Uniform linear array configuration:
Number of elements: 12
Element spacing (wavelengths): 0.25
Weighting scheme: hamming
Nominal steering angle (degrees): -30
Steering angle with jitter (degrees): -30.245
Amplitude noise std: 0.05
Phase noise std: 0.05

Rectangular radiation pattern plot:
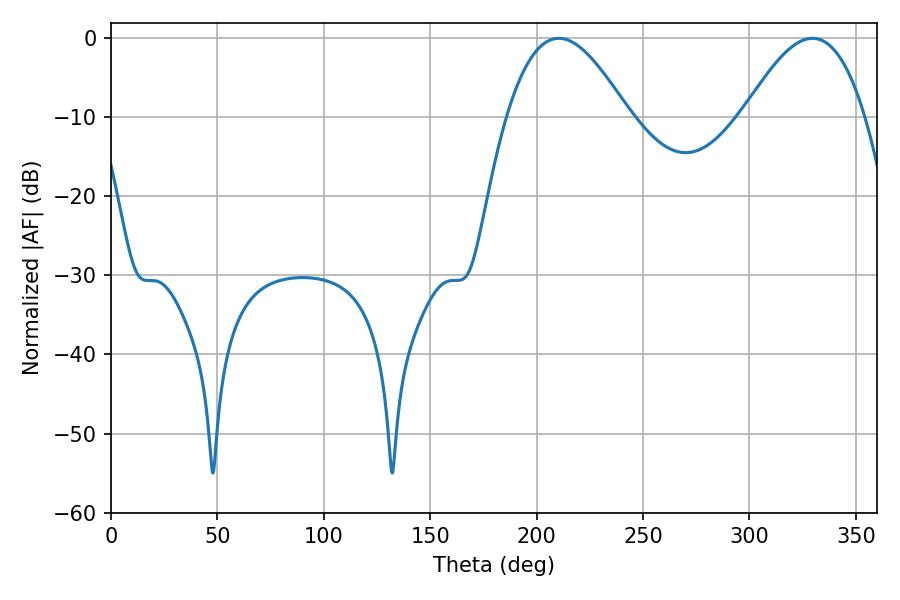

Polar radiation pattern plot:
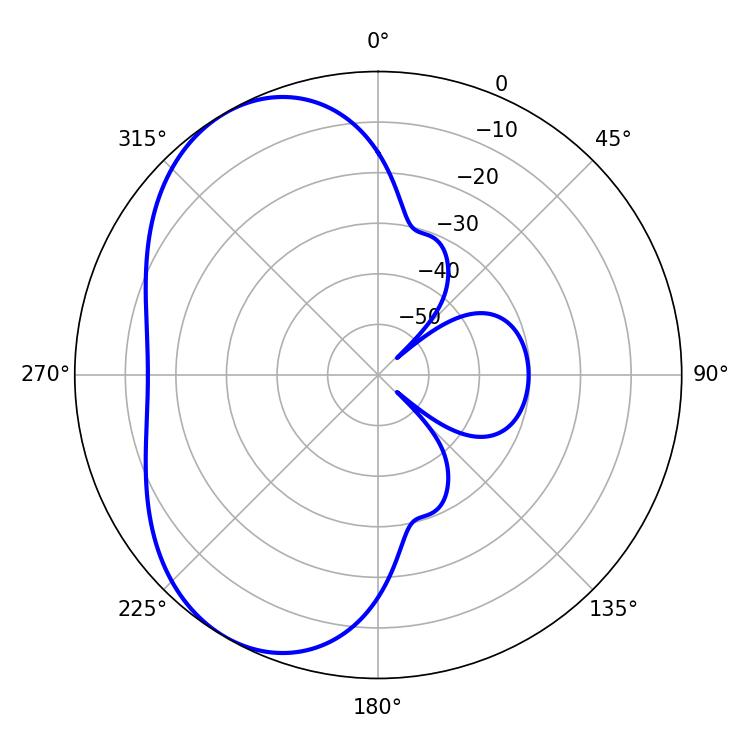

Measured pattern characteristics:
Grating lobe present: FALSE
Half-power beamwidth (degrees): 31.14
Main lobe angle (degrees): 210.42